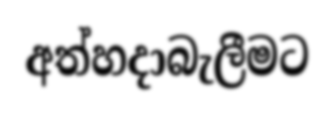
අත්හදාබැලීමට